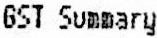
GST SUMMARY